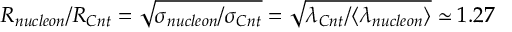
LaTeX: R _ { n u c l e o n } / R _ { C n t } = \sqrt { \sigma _ { n u c l e o n } / \sigma _ { C n t } } = \sqrt { \lambda _ { C n t } / \langle \lambda _ { n u c l e o n } \rangle } \simeq 1 . 2 7